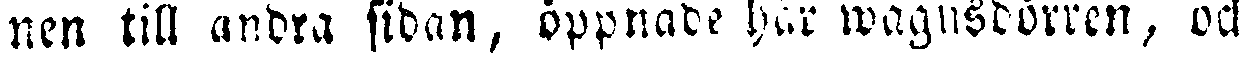
nen till andra sidan, öppnade här wagnsdörren, och